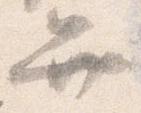
弁